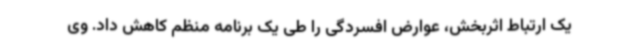
یک ارتباط اثربخش، عوارض افسردگی را طی یک برنامه منظم کاهش داد. وی